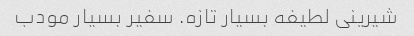
شیرینی لطیفه بسیار تازه. سفیر بسیار مودب